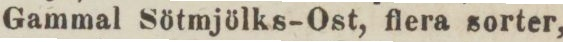
Gammal Sötmjölks–Ost, flera sorter,